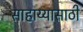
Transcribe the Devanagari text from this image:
साहाय्यासाठी